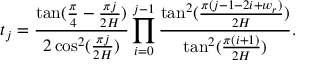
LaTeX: t _ { j } = \frac { \tan ( \frac { \pi } { 4 } - \frac { \pi j } { 2 H } ) } { 2 \cos ^ { 2 } ( \frac { \pi j } { 2 H } ) } \prod _ { i = 0 } ^ { j - 1 } \frac { \tan ^ { 2 } ( \frac { \pi ( j - 1 - 2 i + w _ { r } ) } { 2 H } ) } { \tan ^ { 2 } ( \frac { \pi ( i + 1 ) } { 2 H } ) } .